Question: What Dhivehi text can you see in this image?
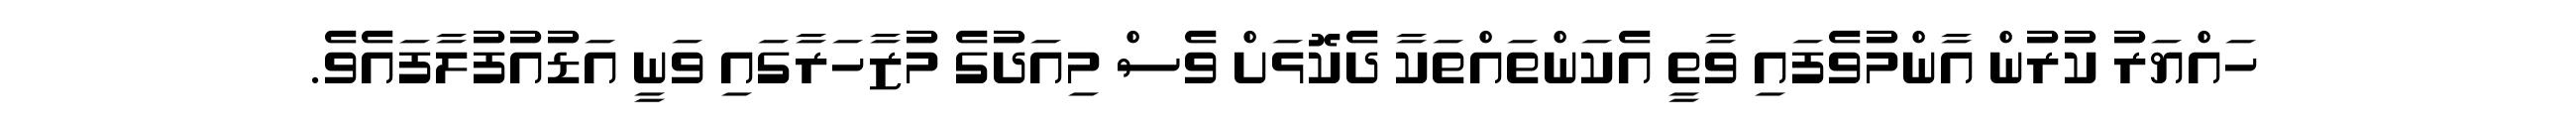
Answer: ހައްޔަރު ކުރުން އާންމުވެފައި ވާތީ އެކަންތައްތަކާ ދެކޮޅަށް ވެސް މިއަދުގެ މުޒާހަރާގައި ވަނީ އަޑުއުފުލާފައެވެ.